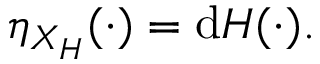
\begin{array} { r } { \eta _ { X _ { H } } ( \cdot ) = \mathrm { d } H ( \cdot ) . } \end{array}